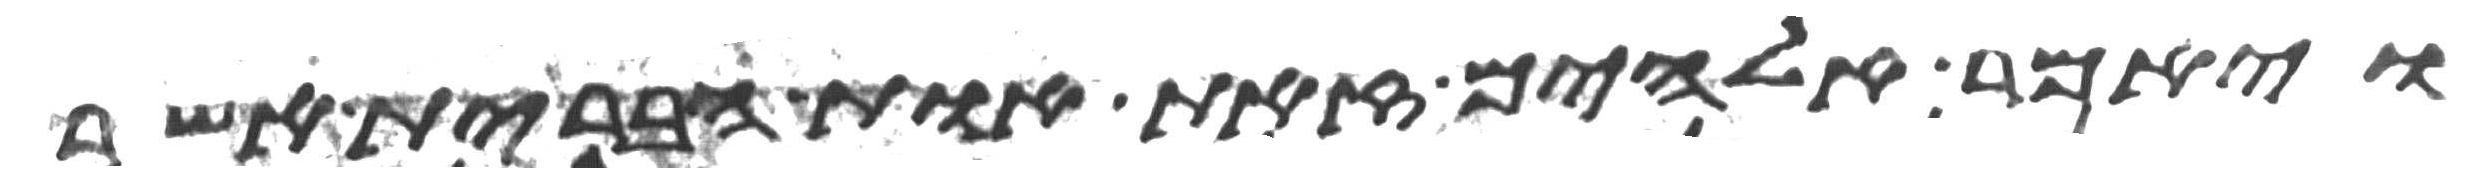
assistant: ויאמר אלהים זאת אות הברית אשר